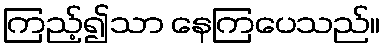
ကြည့်၍သာ နေကြပေသည်။